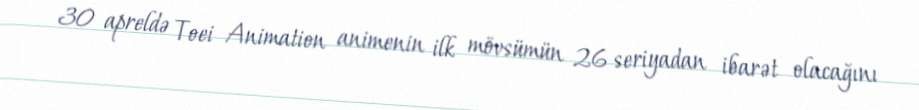
30 apreldə Toei Animation animenin ilk mövsümün 26 seriyadan ibarət olacağını